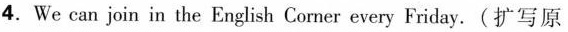
4.We can join in the English Corner every Friday.(扩写原